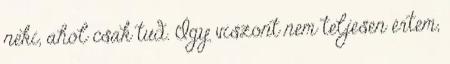
neki, ahol csak tud. Így viszont nem teljesen értem,